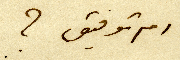
ام توفيق؟